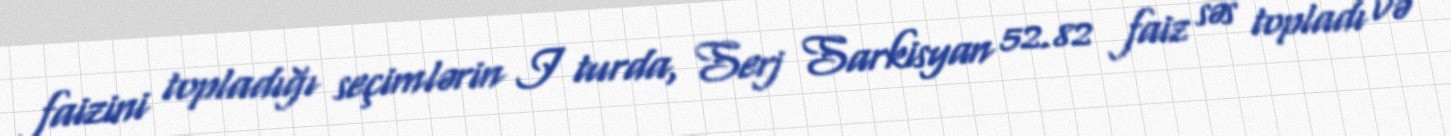
faizini topladığı seçimlərin I turda, Serj Sarkisyan 52.82 faiz səs topladı və